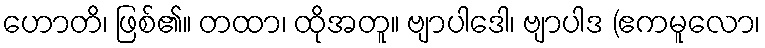
ဟောတိ၊ ဖြစ်၏။ တထာ၊ ထိုအတူ။ ဗျာပါဒေါ၊ ဗျာပါဒ (ဧကမူလော၊